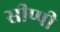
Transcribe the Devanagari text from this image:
सीप्पी